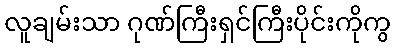
လူချမ်းသာ ဂုဏ်ကြီးရှင်ကြီးပိုင်းကိုကွ